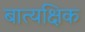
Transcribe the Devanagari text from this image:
बात्यक्षिक